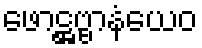
ဖောဋ္ဌဗ္ဗာနံယေဝ